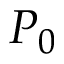
P _ { 0 }